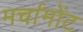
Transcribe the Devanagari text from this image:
मर्चामोंट